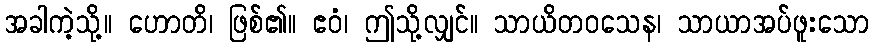
အခါကဲ့သို့။ ဟောတိ၊ ဖြစ်၏။ ဧဝံ၊ ဤသို့လျှင်။ သာယိတဝသေန၊ သာယာအပ်ဖူးသော